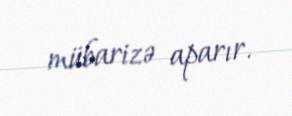
mübarizə aparır.